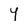
Character: Y